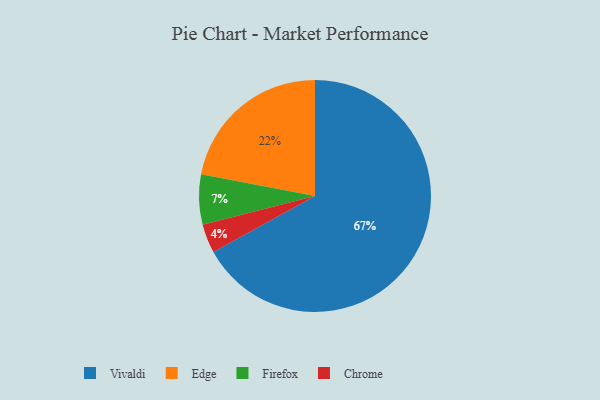
{"axis": {"x": "Category", "y": "Percentage"}, "legend": ["Chrome", "Edge", "Firefox", "Vivaldi"], "data": [{"x": "Vivaldi", "y": 67, "type": "Vivaldi"}, {"x": "Edge", "y": 22, "type": "Edge"}, {"x": "Chrome", "y": 4, "type": "Chrome"}, {"x": "Firefox", "y": 7, "type": "Firefox"}]}